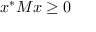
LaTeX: x ^ { * } M x \geq 0